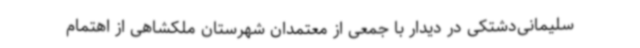
سلیمانی‌دشتکی در دیدار با جمعی از معتمدان شهرستان ملکشاهی از اهتمام